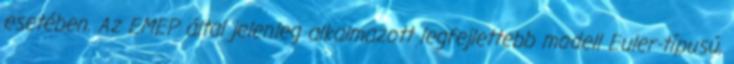
esetében. Az EMEP által jelenleg alkalmazott legfejlettebb modell Euler-típusú,